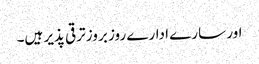
اور سارے ادارے روز بروز ترقی پذیر ہیں۔